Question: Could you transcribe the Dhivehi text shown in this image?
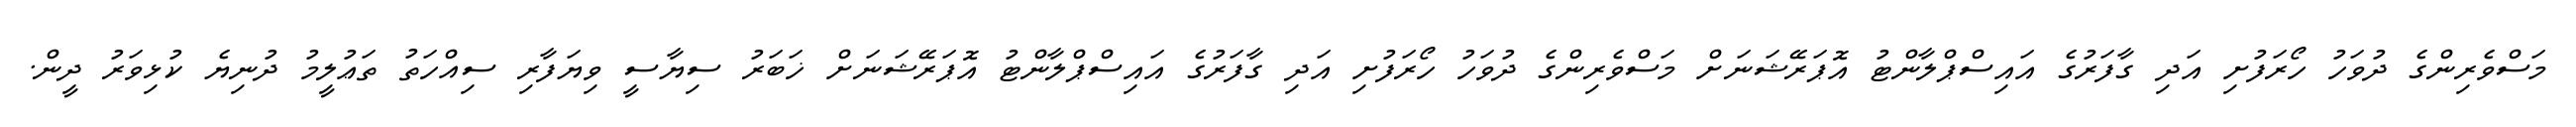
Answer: މަސްވެރިންގެ ދުވަހު ހޯރަފުށި އަދި ގާފަރުގެ އައިސްޕްލާންޓު އޮޕަރޭޝަނަށް މަސްވެރިންގެ ދުވަހު ހޯރަފުށި އަދި ގާފަރުގެ އައިސްޕްލާންޓު އޮޕަރޭޝަނަށް ޚަބަރު ސިޔާސީ ވިޔަފާރި ސިއްހަތު ތަޢުލީމު ދުނިޔެ ކުޅިވަރު ދީން.